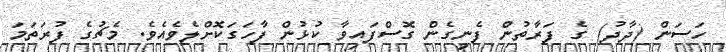
ހަސަން (ދާދު) ގެ ފަރާތުން ފެނިގެން ގޮސްފައިވާ ކުޅުން ފާހަގަކޮށްލެވެއެވެ. މެޗުގެ ފުރަތަމަ